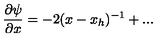
\frac { \partial \psi } { \partial x } = - 2 ( x - x _ { h } ) ^ { - 1 } + . . .